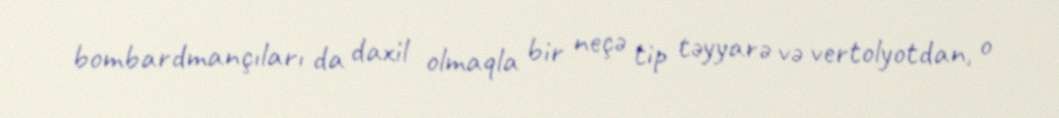
bombardmançıları da daxil olmaqla bir neçə tip təyyarə və vertolyotdan, o